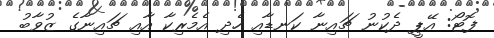
ފޮޓޯ: އޭޕީ ދެކުނު ޗައިނާ ކަނޑާއި ހެދި އެމެރިކާ އާއި ޗައިނާގެ ޒުވާބު